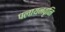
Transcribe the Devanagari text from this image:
पलायनवृनि